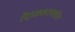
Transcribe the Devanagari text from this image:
रेंदाळकरांमधील